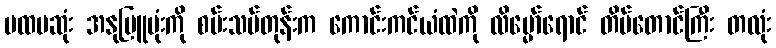
ပထမဆုံး အနုမြူဗုံးကို စမ်းသပ်တုန်းက ကောင်းကင်ယံထဲကို လိမ္မော်ရောင် တိမ်တောင်ကြီး တလုံး